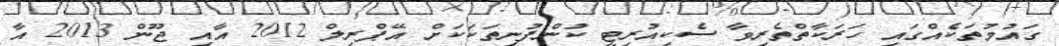
ގައުމުތަކެއްގައި ހަރަކާތްތެރިވާ ސެކިއުރިޓީ ކުންފުނިތަކަކަށް އޭޕްރިލް 2012 އާއި ޖޫން 2013 އާ